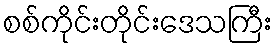
စစ်ကိုင်းတိုင်းဒေသကြီး